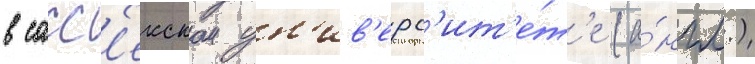
в сасс'екском ун'ив'ерс'ит'е́т'е (а́нгл.)